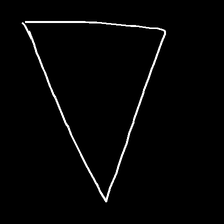
Glyph: convergence